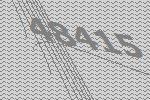
48415